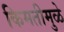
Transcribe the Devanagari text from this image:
किमतीमुळे